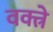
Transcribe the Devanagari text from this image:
वक्त्रे